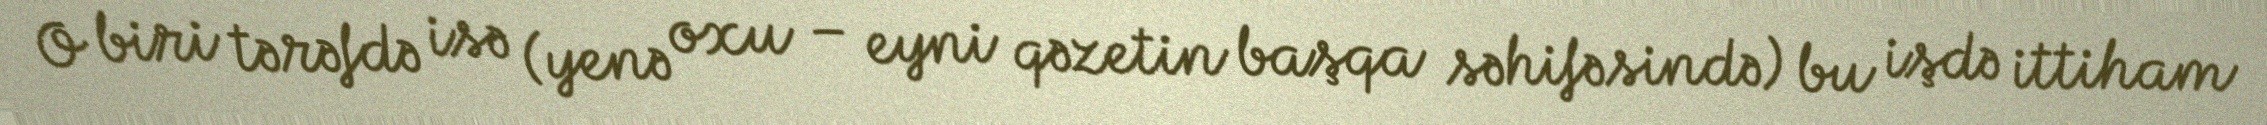
O biri tərəfdə isə (yenə oxu – eyni qəzetin başqa səhifəsində) bu işdə ittiham